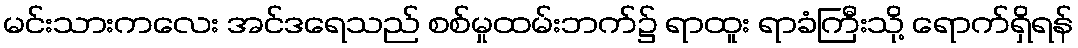
မင်းသားကလေး အင်ဒရေသည် စစ်မှုထမ်းဘက်၌ ရာထူး ရာခံကြီးသို့ ရောက်ရှိရန်